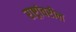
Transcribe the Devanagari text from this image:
राष्ट्रांवरील